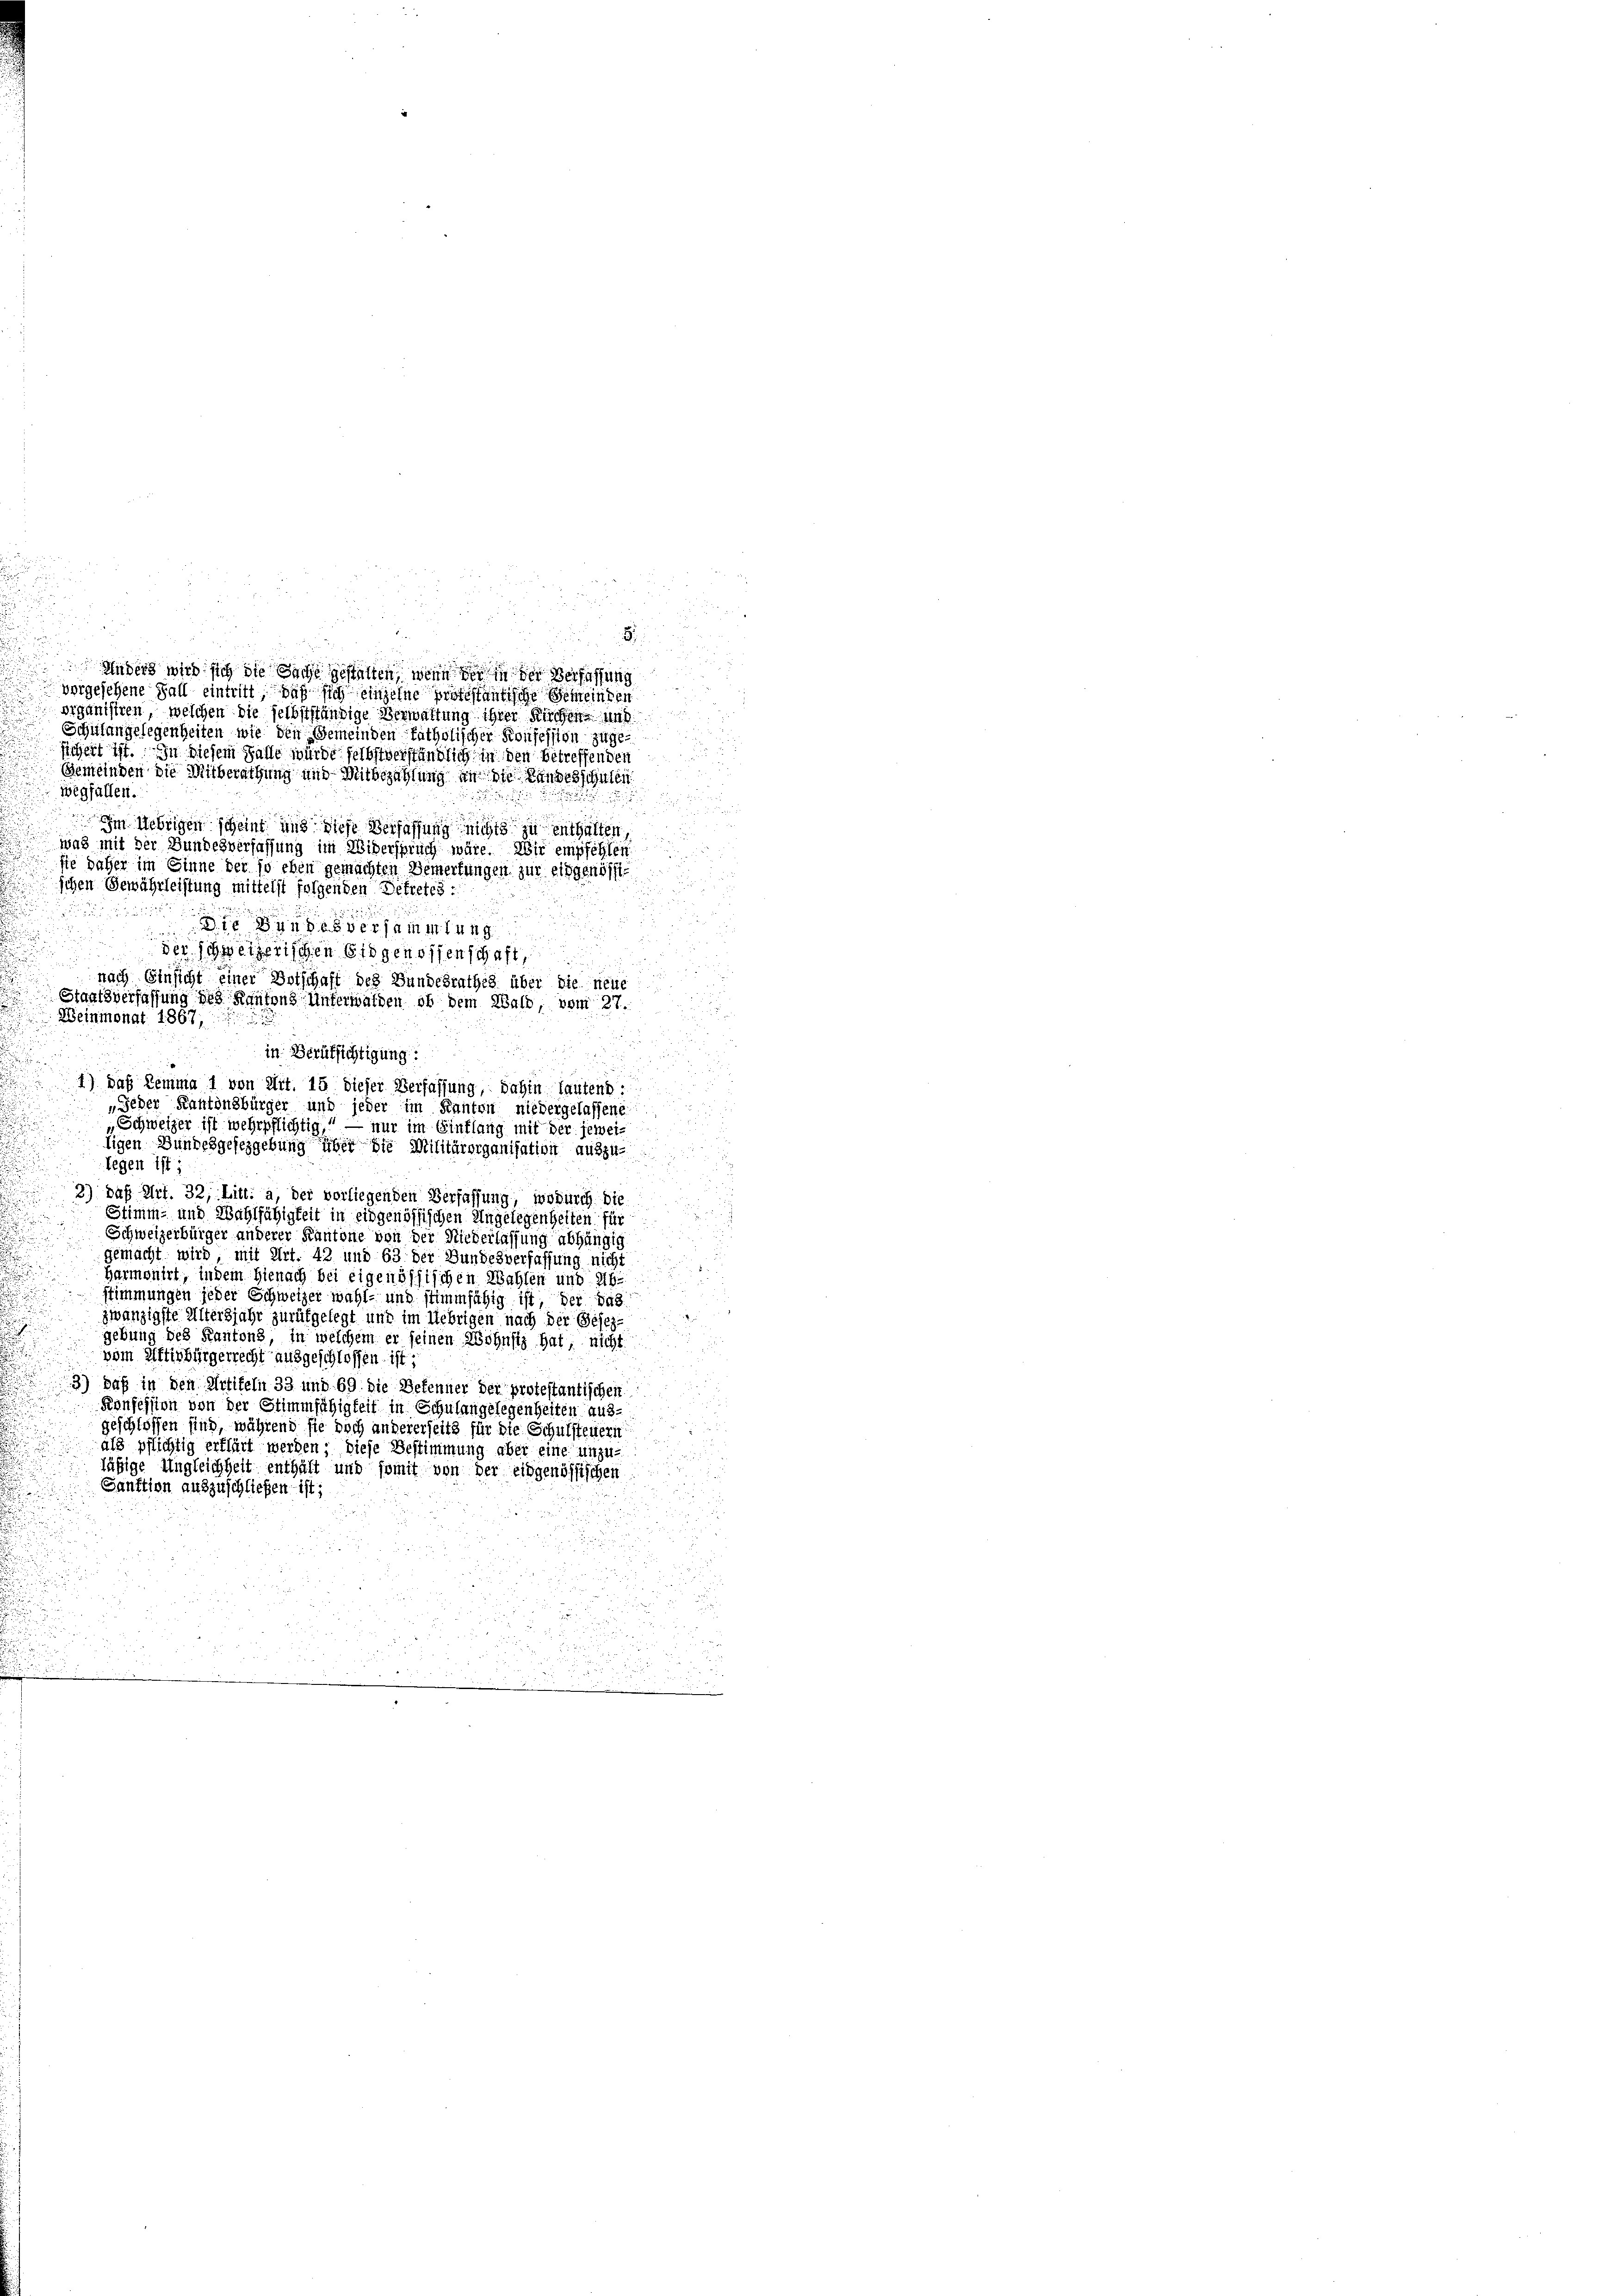
i
.
d
Anders wird sich die Sache gestalten, wenn der in der Verfassung
vorgesehene Fall eintritt, daß sich einzelne protestantische Gemeinden
organisiren, welchen die selbstständige Verwaltung ihrer Kirchen und
Schulangelegenheiten wie den Gemeinden katholischer Konfession zugesichert ist. In diesem Falle würde selbstverständlich in den betreffenden
Gemeinden die Mitberathung und Mitbezahlung an die Landesschulen
wegfallen.
Im Uebrigen scheint und diese Verfassung nichts zu enthalten,
was mit der Bundesverfassung im Widerspruch wäre. Wir empfehlen
sie daher im Einne der so eben gemachten Bemerkungen zur eidgenössi¬
.
schen Gewährleistung mittelst folgenden Betretes
u
a
Die Bundesversammlung
der schweizerischen Eidgenossenschaft,
nach Einsicht einer Botschaft des Bundesrathes über die neue
Staatsverfassung des Kantons Unterwalden ob dem Wald, vom 27.
Weinmonat 1867,

in Berufsichtigung:
4) das Lemma 1 von Art. 15 dieser Verfassung, dahin lautend
„Jeder Kantonsbürger und jeder im Kanton niedergelassene
u
Schweizer ist wehrpflichtig, — nur im Einflang mit der jeweiligen Bundesgesezgebung über die Militärorganisation auszu-
tegen ist;
2) daß Art. 32, Litt: a, der vorliegenden Verfassung, wodurch die
Stimm- und Wahlfähigkeit in eidgenössischen Angelegenheiten für
.
Schweizerbürger anderer Kantone von der Niederlassung abhängig
gemacht wird, mit Art. 42 und 63 der Bundesverfassung nicht
d
Harmonirt, indem hienach bei eigenössischen Wahlen und Ab
stimmungen jeder Schweizer wahl- und stimmfähig ist, der das
.
zwanzigste Altersjahr zurükgelegt und im Uebrigen nach der Gesezgebung des Kantons, in welchem er seinen Wohnsiz hat, nicht
vom Aftirbürgerrecht ausgeschlossen ist;
3) Daß in den Artifeln 33 und 69 die Befenner der protestantischen
Konfession von der Stimmfähigkeit in Schulangelegenheiten aus-
geschlossen sind, während sie doch andererseits für die Schulsteuern
als pflichtig erklärt werden; diese Bestimmung aber eine unzu-
läßige Ungleichheit enthält und somit von der eidgenössischen
Sanktion auszuschließen ist;

2

.
1
B